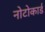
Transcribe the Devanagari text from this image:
नोटोकार्ड